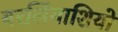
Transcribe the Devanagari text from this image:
बरलिंगाशियो